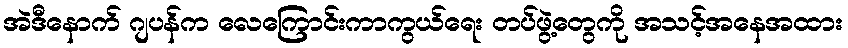
အဲဒီနောက် ဂျပန်က လေကြောင်းကာကွယ်ရေး တပ်ဖွဲ့တွေကို အသင့်အနေအထား